Report on vaccination in Madras 1922-1929 - 1922-1929
Year: 1922
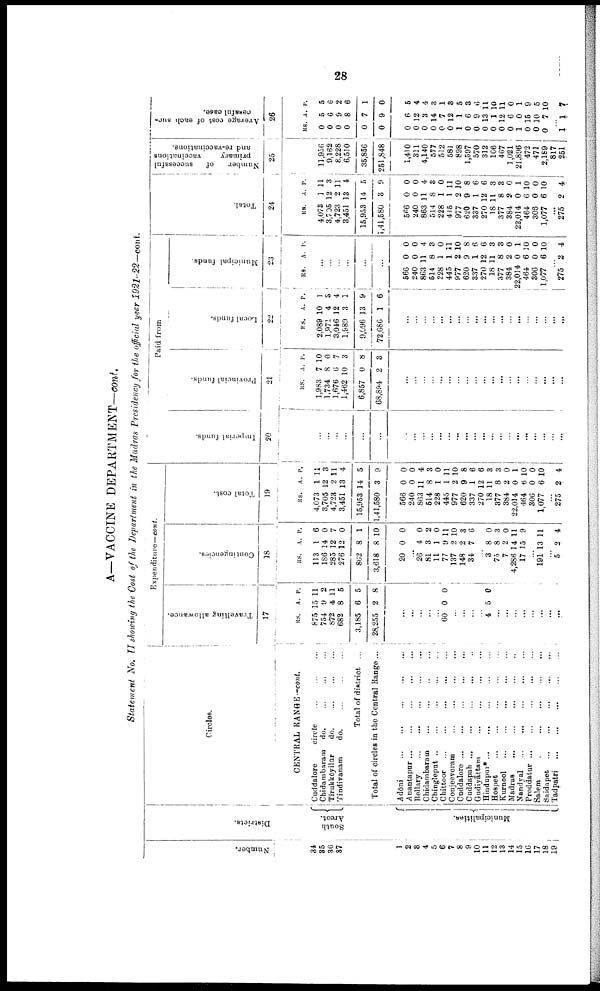
28
A—VACCINE DEPARTMENT—cont.
Statement No. II showing the Cost of the Department in the Madras Presidency for the official year 1921-22—cont.
Number.
34
35
36
37
1
2
3
4
5
6
7
8
9
10
11
12
13
14
15
16
17
18
19
Districts.
South
Arcot.
Municipalities.
Circles.
CENTRAL RANGE—cont.
Cuddalore
circle
...
...
...
Chidambaram do.
...
...
...
Tirukkōyilūr
d
o
. ... ... ...
Tindivanam
do.
...
...
...
Total of district ...
Total of circles in the Central Range ...
Adōni
... ... ... ... ...
Anantapur
...
...
...
...
...
Bellary
...
...
...
...
...
Chidambaram
...
...
...
Chingleput ... ... ... ... ...
Chittoor
...
...
...
...
...
Conjeeveram ... ... ... ...
Cuddalore
...
...
...
...
...
Cuddapah ... ... ... ... ...
Gudiyāttam
... ... ... ...
Hindupur*...
...
...
...
...
Hospet
...
...
...
...
...
Kurnool
...
...
...
...
...
Madras
...
...
...
...
...
Nandyal
...
...
...
...
...
Proddatur
...
...
...
...
...
Salem
...
...
...
...
...
Saidapet
...
...
...
...
...
Tadpatri
...
...
...
...
...
Expenditure—cont.
Travelling allowance.
17
RS.
875
754
872
682
3,185
28,255
A.
15
9
4
8
6
2
P.
11
2
11
5
5
8
...
...
...
...
...
60 0 0
...
...
...
...
4 5 0
...
...
...
...
...
...
...
...
Contingencies.
18
RS.
113
186
285
276
862
3,618
20
A.
1
14
12
12
8
8
0
P.
6
0
7
0
1
10
0
...
26
81
11
77
137
148
34
4
3
1
9
2
2
7
0
2
0
11
10
3
6
...
3
75
7
4,286
17
8
8
2
14
15
0
3
0
11
9
...
191 13 11
...
5 2 4
Total cost.
19
RS.
4,073
3,705
4,723
3,451
15,953
1,41,580
566
240
863
514
228
445
977
620
337
270
18
377
384
22,014
464
306
1,077
A.
1
12
2
13
14
3
0
0
11
8
1
1
2
9
1
12
11
8
2
0
6
0
6
P.
11
3
11
4
5
9
0
0
4
3
0
11
10
8
6
6
3
3
0
1
10
0
10
...
275 2 4
Paid from
Imperial funds.
20
...
...
...
...
...
...
...
...
...
...
...
...
...
...
...
...
...
...
...
...
...
...
...
...
...
Provincial funds.
21
RS.
1,983
1,734
1,676
1,462
6,857
68,894
A.
7
8
6
10
0
2
P.
10
0
7
3
8
3
...
...
...
...
...
...
...
...
...
...
...
...
...
...
...
...
...
...
...
Local funds.
22
RS.
2,089
1,971
3,046
1,989
9,096
72,686
A.
10
4
12
3
13
1
P.
1
3
4
1
9
6
...
...
...
...
...
...
...
...
...
...
...
...
...
...
...
...
...
...
...
Municipal funds.
23
RS. A. P.
...
...
...
...
...
...
566
240
863
514
228
445
977
620
337
270
18
377
384
22,014
464
306
1,077
0
0
11
8
1
1
2
9
1
12
11
8
2
0
6
0
6
0
0
4
3
0
11
10
8
6
6
3
3
0
1
10
0
10
...
275 2 4
Total.
24
RS.
4,073
3,705
4,723
3,451
15,953
1,41,580
566
240
863
514
228
445
977
620
337
270
18
377
384
22,014
464
306
1,077
A.
1
12
2
13
14
3
0
0
11
8
1
1
2
9
1
12
11
8
2
0
6
0
6
P.
11
3
11
4
5
9
0
0
4
3
0
11
10
8
6
6
3
3
0
1
10
0
10
...
275 2 4
Number
of
successful
primary
vaccinations
and re-vaccinations.
25
11,956
9,162
8,228
6,510
35,856
251,848
1,410
311
4,140
577
512
581
898
1,597
570
312
166
467
1,021
21,896
472
471
2,189
817
251
Average cost of each suc
cessful case.
26
RS.
0
0
0
0
0
0
0
0
0
0
0
0
1
0
0
0
0
0
0
1
0
0
0
A.
5
6
9
8
7
9
6
12
3
14
7
12
1
6
9
13
1
12
6
0
15
10
7
P.
5
6
2
6
1
0
5
4
4
3
1
3
5
3
6
11
10
11
0
1
9
5
10
...
1 1 7